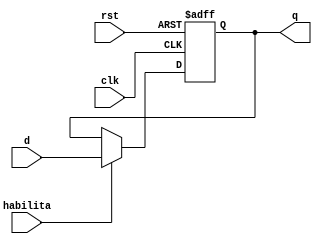
module ffd (q, d, clk, rst, habilita);
    output q;
    input d, clk, rst, habilita;
    reg q;

    always @(posedge clk, posedge rst) 
      if  (rst == 1'b1)  q <= 1'b0;
      else
          if(habilita == 1'b1) q <= d;
endmodule